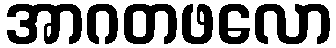
အာဂတဖလော